Indian journal of veterinary science and animal husbandry - Volume 8,
Year: 1938
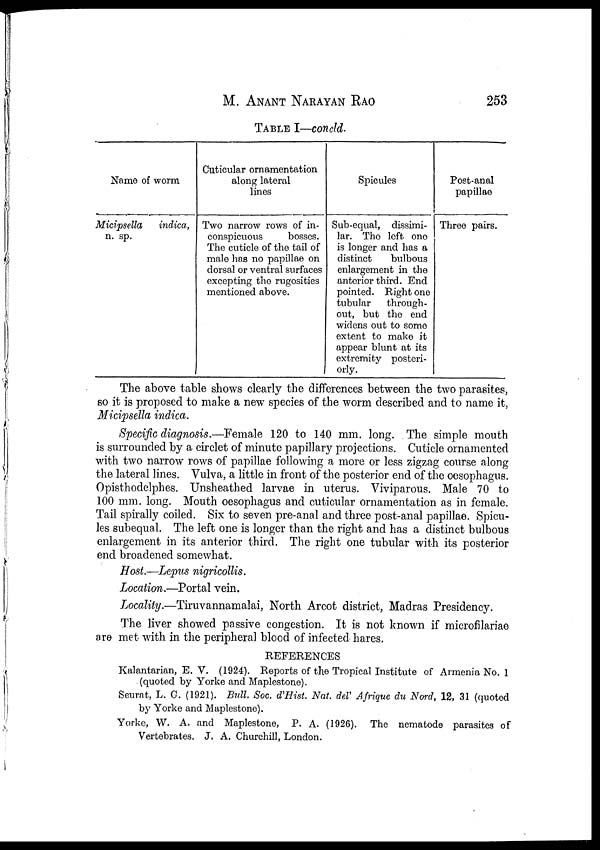
M.
ANANT
NARAYAN
RAO
253
TABLE I—concld.
Name of worm
Micipsella
indica,
n. sp.
Cuticular ornamentation
along lateral
lines
Two narrow rows of in-
conspicuous
bosses.
The cuticle of the tail of
male has no papillae on
dorsal or ventral surfaces
excepting the rugosities
mentioned above.
Spicules
Sub-equal, dissimi-
lar. The left one
is longer and has a
distinct
bulbous
enlargement in the
anterior third. End
pointed. Right one
tubular
through-
out, but the end
widens out to some
extent to make it
appear blunt at its
extremity posteri-
orly.
Post-anal
papillae
Three pairs.
The above table shows clearly the differences between the two parasites,
so it is proposed to make a new species of the worm described and to name it,
Micipsella indica.
Specific diagnosis.—Female 120 to 140 mm. long. The simple mouth
is surrounded by a circlet of minute papillary projections. Cuticle ornamented
with two narrow rows of papillae following a more or less zigzag course along
the lateral lines. Vulva, a little in front of the posterior end of the oesophagus.
Opisthodelphes. Unsheathed larvae in uterus. Viviparous. Male 70 to
100 mm. long. Mouth oesophagus and cuticular ornamentation as in female.
Tail spirally coiled. Six to seven pre-anal and three post-anal papillae. Spicu-
les subequal. The left one is longer than the right and has a distinct bulbous
enlargement in its anterior third. The right one tubular with its posterior
end broadened somewhat.
Host.—Lepus nigricollis.
Location.—Portal vein.
Locality.—Tiruvannamalai, North Arcot district, Madras Presidency.
The liver showed passive congestion. It is not known if microfilariae
are met with in the peripheral blood of infected hares.
REFERENCES
Kalantarian, E. V. (1924). Reports of the Tropical Institute of Armenia No. 1
(quoted by Yorke and Maplestone).
Seurat, L. G. (1921). Bull. Soc. d'Hist. Nat. del' Afrique du Nord, 12, 31 (quoted
by Yorke and Maplestone).
Yorke, W. A. and Maplestone, P. A. (1926). The nematode parasites of
Vertebrates. J. A. Churchill, London.